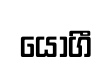
යොගී